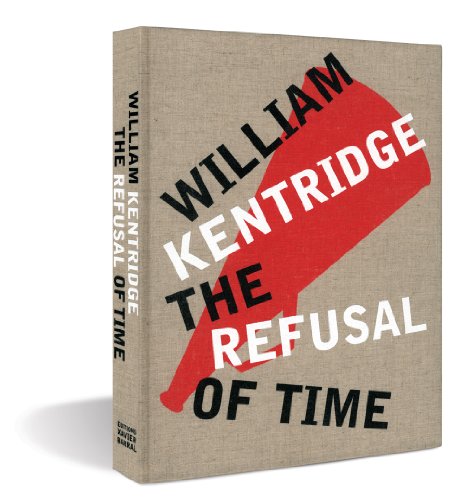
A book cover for William Kentridge: The Refusal of Time; Peter Galison; Arts & Photography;